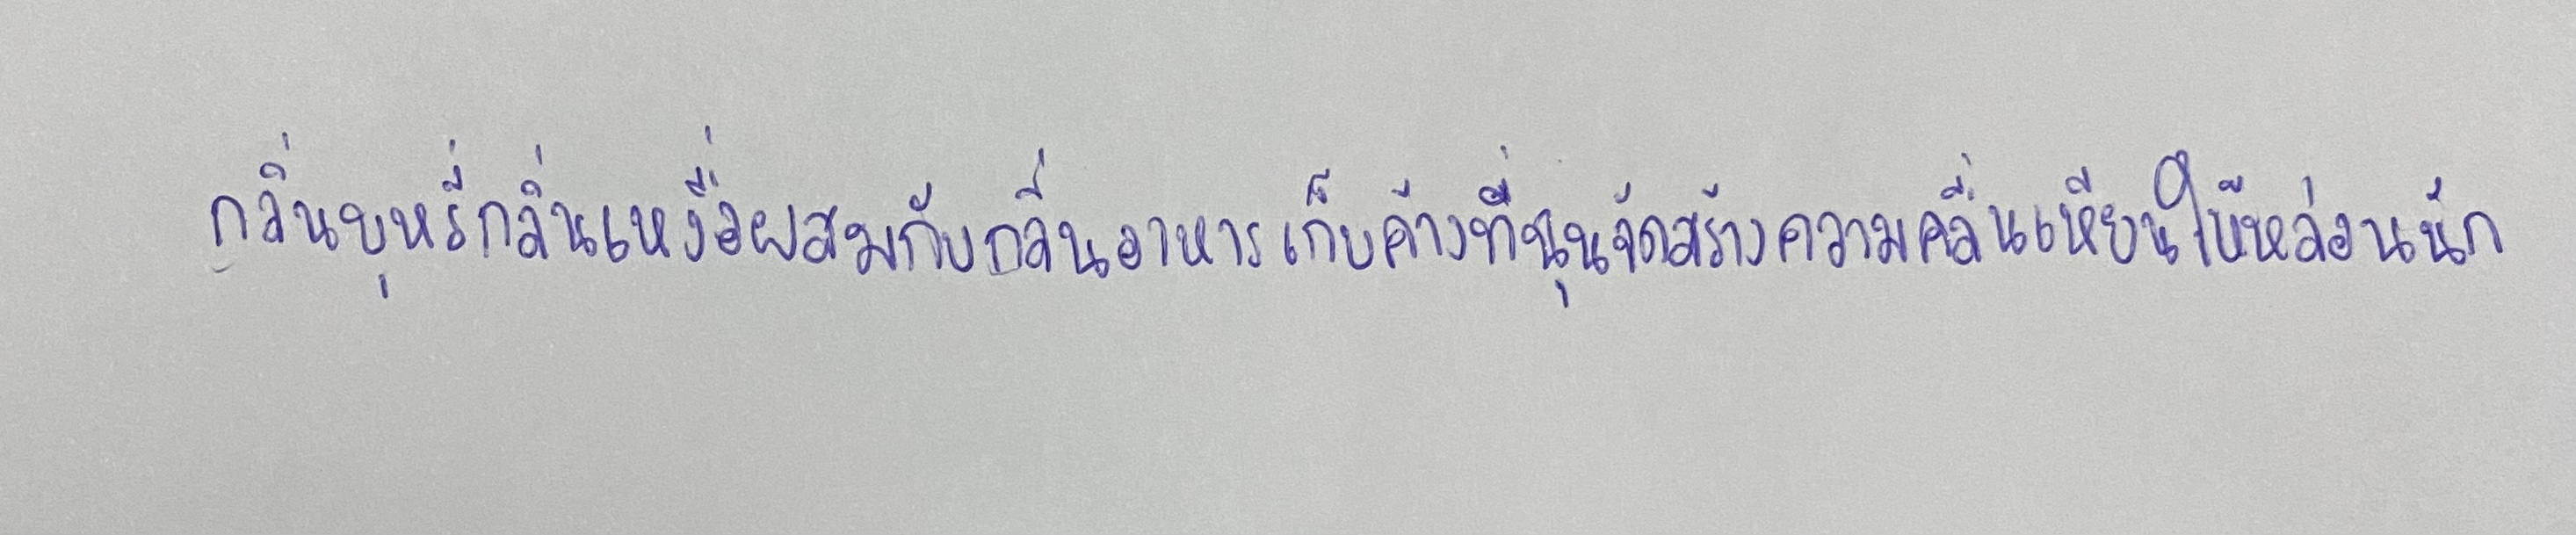
กลิ่นบุหรี่กลิ่นเหงื่อผสมกับกลิ่นอาหารเก็บค้างที่ฉุนจัดสร้างความคลื่นเหียนให้หล่อนนัก